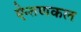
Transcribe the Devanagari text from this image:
ऐन्तणकल